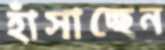
হাঁসাচ্ছেন